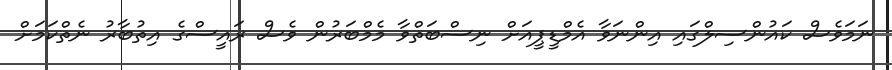
ނަމަވެސް ކައުންސިލްގައި އިންނަވާ އެމްޑީޕީއަށް ނިސްބަތްވާ މެމްބަރުން ވެސް ރައީސްގެ އިތުބާރު ނެތްކަމަށް